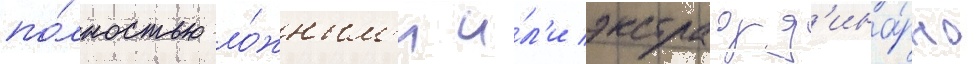
по́лностью ло́жным'и и́л'и экстраорд'ина́рно